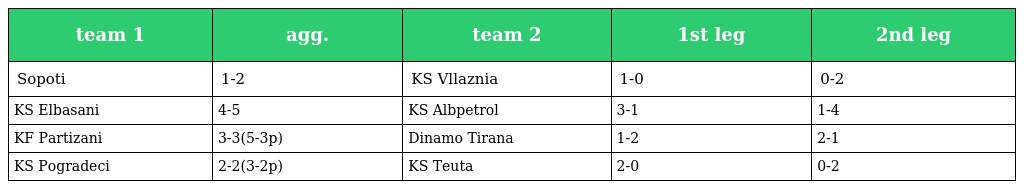
| team 1 | agg. | team 2 | 1st leg | 2nd leg |
 | --- | --- | --- | --- | --- |
 | Sopoti | 1-2 | KS Vllaznia | 1-0 | 0-2 |
 | KS Elbasani | 4-5 | KS Albpetrol | 3-1 | 1-4 |
 | KF Partizani | 3-3(5-3p) | Dinamo Tirana | 1-2 | 2-1 |
 | KS Pogradeci | 2-2(3-2p) | KS Teuta | 2-0 | 0-2 |